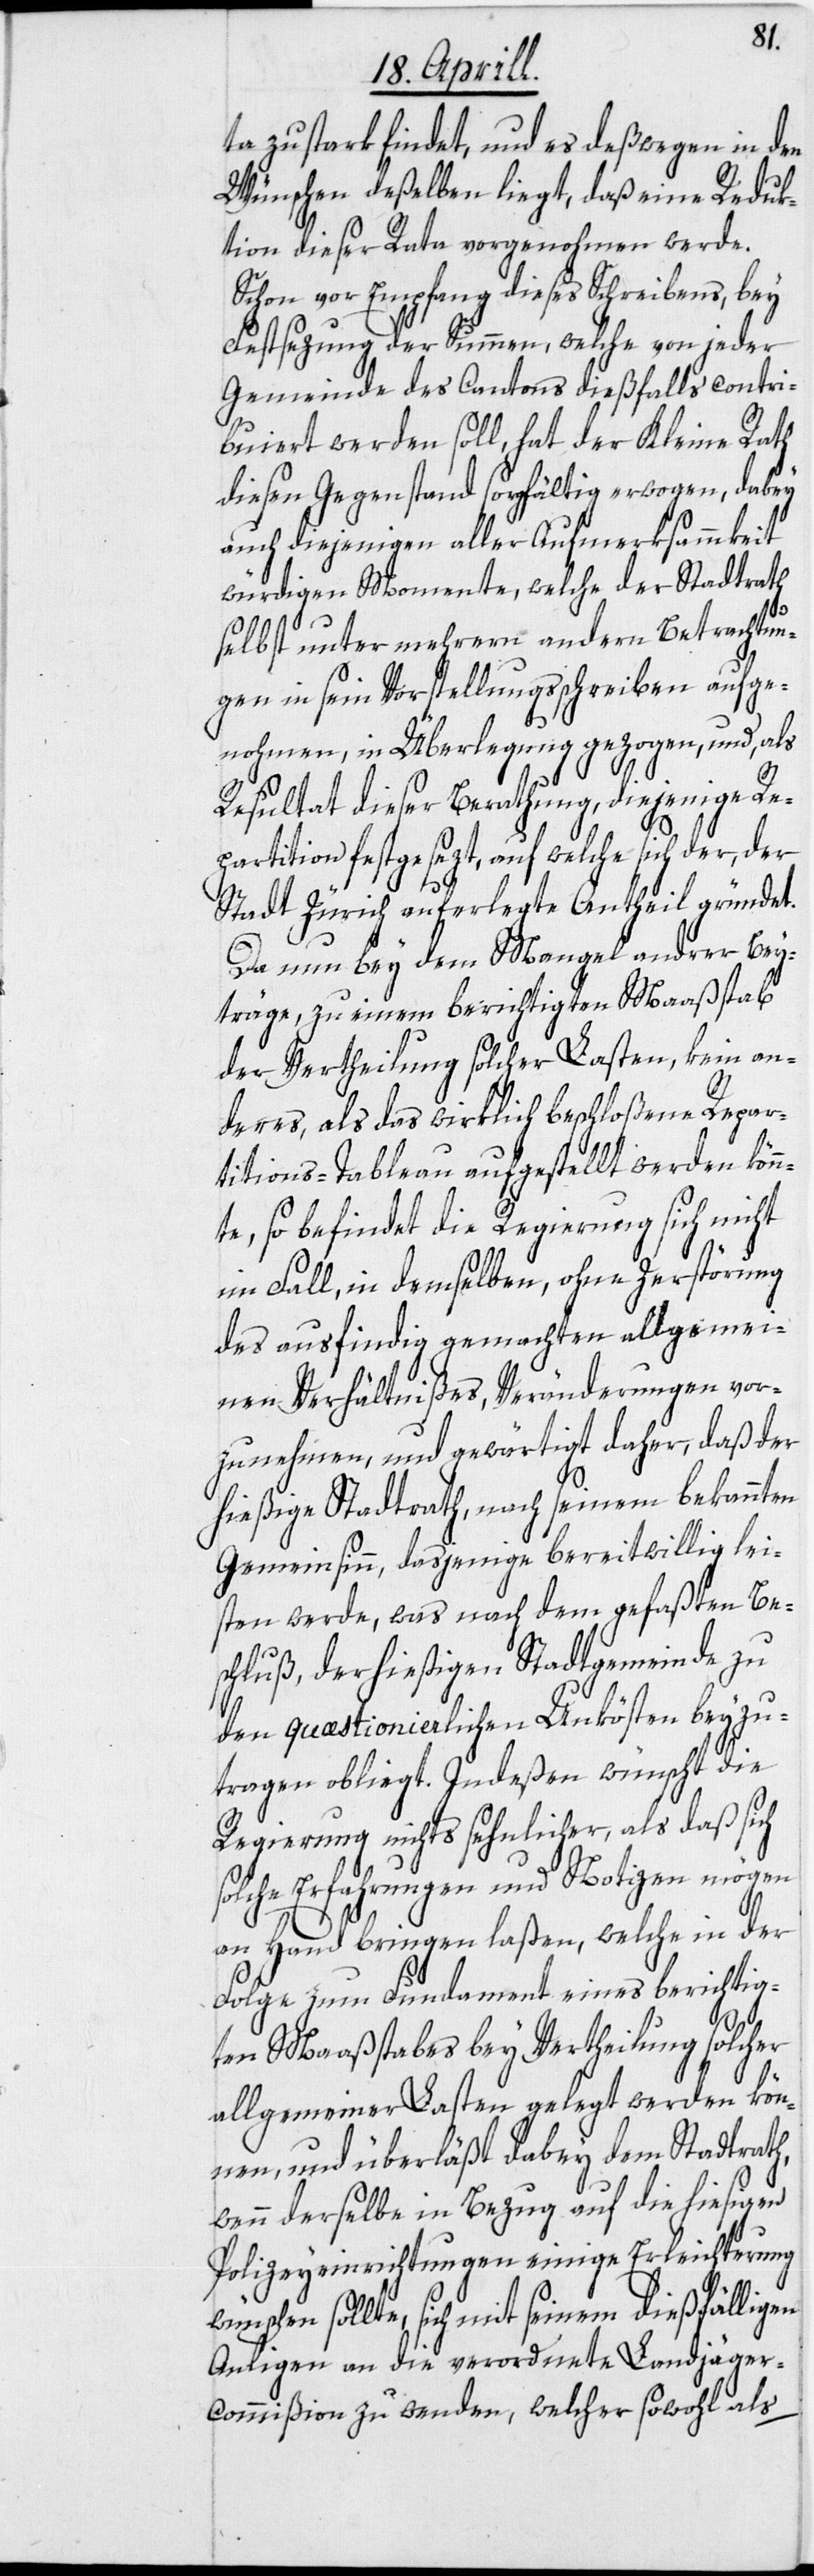
ta zu stark findet, und es deßwegen in den
Wünschen deßelben liegt, daß eine Reduk¬
tion dieser Rata vorgenohmen werde.
Schon vor Empfang dieses Schreibens, bey
Festsezung der Summen, welche von jeder
Gemeinde des Cantons dießfalls contri¬
buiert werden soll, hat der Kleine Rath
diesen Gegenstand sorgfältig erwogen, dabey
auch diejenigen aller Aufmerksammkeit
würdigen Momente, welche der Stadtrath
selbst unter mehrern andern Betrachtun¬
gen in sein Vorstellungsschreiben aufge¬
nohmen, in Überlegung gezogen, und, als
Resultat dieser Berathung, diejenige Re¬
partition festgesezt, auf welche sich der, der
Stadt Zürich auferlegte Antheil gründet.
Da nun bey dem Mangel andrer Bey¬
träge, zu einem berichtigten Maaßstab
der Vertheilung solcher Lasten, kein an¬
deres, als das wirklich beschloßene Repar¬
titions-Tableau aufgestellt werden könn¬
te, so befindet die Regierung sich nicht
im Fall, in demselben, ohne Zerstörung
des ausfindig gemachten allgemei¬
nen Verhältnißes, Veränderungen vor¬
zunehmen, und gewärtigt daher, daß der
hießige Stadtrath, nach seinem bekannten
Gemeinsinn, dasjenige bereitwillig lei¬
sten werde, was nach dem gefaßten Be¬
schluß, der hießigen Stadtgemeinde zu
den quæstionierlichen Unkösten beyzu¬
tragen obliegt. Indeßen wünscht die
Regierung nichts sehnlicher, als daß sich
solche Erfahrungen und Notizen mögen
an Hand bringen laßen, welche in der
Folge zum Fundament eines berichtig¬
ten Maaßstabes bey Vertheilung solcher
allgemeiner Lasten gelegt werden kön¬
nen, und überläßt dabey dem Stadtrath,
wenn derselbe in Bezug auf die hiesigen
Polizeyeinrichtungen einige Erleichterung
wünschen sollte, sich mit seinem dießfälligen
Anligen an die verordnete Landjäger¬
commißion zu wenden, welcher sowohl als